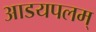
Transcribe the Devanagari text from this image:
आडयपलम्‌